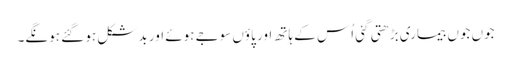
جوں جوں بیماری بڑھتی گئی اُس کے ہاتھ اور پاؤں سوجے ہوئے اور بدشکل ہو گئے ہونگے۔